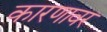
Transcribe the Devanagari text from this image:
कारणावर